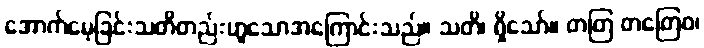
အောက်မေ့ခြင်းသတိတည်းဟူသောအကြောင်းသည်။ သတိ၊ ရှိသော်။ တတြ တတြေဝ၊